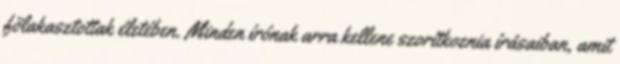
fölakasztottak életében. Minden írónak arra kellene szorítkoznia írásaiban, amit